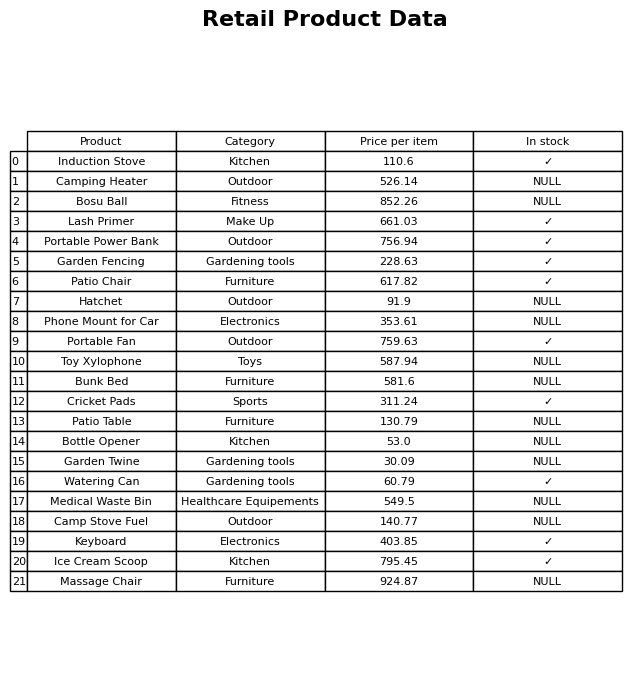
question: What is the price of the Portable Power Bank?
answer: The price of Portable Power Bank is 756.94.